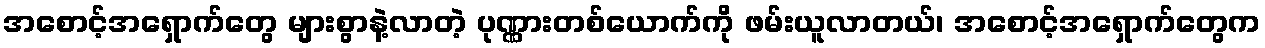
အစောင့်အရှောက်တွေ များစွာနဲ့လာတဲ့ ပုဏ္ဏားတစ်ယောက်ကို ဖမ်းယူလာတယ်၊ အစောင့်အရှောက်တွေက